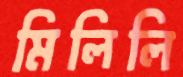
মিলিলি